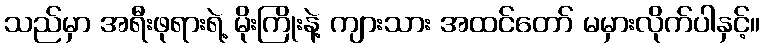
သည်မှာ အရီးဖုရားရဲ့ မိုးကြိုးနဲ့ ကျားသား အထင်တော် မမှားလိုက်ပါနှင့်။